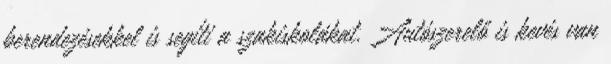
berendezésekkel is segíti a szakiskolákat. Autószerelő is kevés van